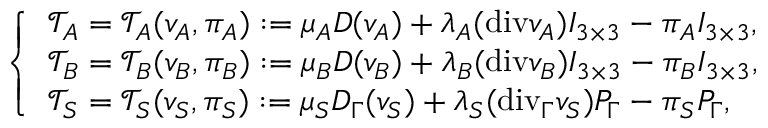
\left\{ \begin{array} { l l } { \mathcal { T } _ { A } = \mathcal { T } _ { A } ( v _ { A } , \pi _ { A } ) : = \mu _ { A } D ( v _ { A } ) + \lambda _ { A } ( \mathrm { { d i v } } v _ { A } ) I _ { 3 \times 3 } - \pi _ { A } I _ { 3 \times 3 } , } \\ { \mathcal { T } _ { B } = \mathcal { T } _ { B } ( v _ { B } , \pi _ { B } ) : = \mu _ { B } D ( v _ { B } ) + \lambda _ { B } ( { \mathrm { d i v } } v _ { B } ) I _ { 3 \times 3 } - \pi _ { B } I _ { 3 \times 3 } , } \\ { \mathcal { T } _ { S } = \mathcal { T } _ { S } ( v _ { S } , \pi _ { S } ) : = \mu _ { S } D _ { \Gamma } ( v _ { S } ) + \lambda _ { S } ( \mathrm { { d i v } } _ { \Gamma } v _ { S } ) P _ { \Gamma } - \pi _ { S } P _ { \Gamma } , } \end{array} \right.